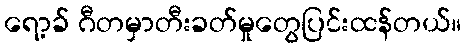
ရော့ခ် ဂီတမှာတီးခတ်မှုတွေပြင်းထန်တယ်။